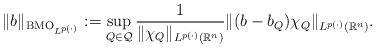
LaTeX: \begin{align*}\| b \|_{ {\rm BMO}_{L^{p(\cdot)}} }:=\sup_{Q\in\mathcal{Q}}\frac{1}{ \| \chi_Q \|_{ L^{p(\cdot)} (\mathbb{R}^n) }}\| (b-b_Q)\chi_Q \|_{ L^{p(\cdot)}(\mathbb{R}^n) }.\end{align*}